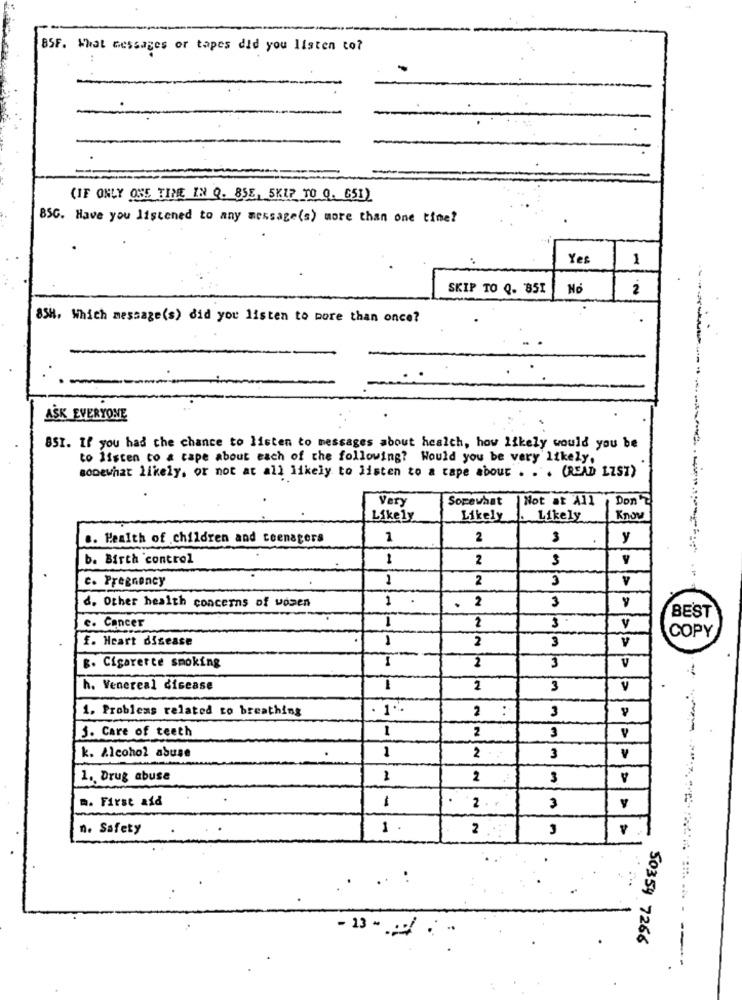
BSF. What messages or tapes did you listen to?
:
(IF ONLY ONE TIME IN Q. 85E, SKIP TO Q. C51)
BSG. Have you listened to any message(s) more than one time?
Yes
1
SKIP TO Q. 851
No
2
85H, Which message(s) did you listen to more than once?
ASK EVERYONE
851. If you had the chance to listen to messages about health, how likely would you be
to listen to a cape about each of the following? Would you be very likely,
somewhat likely, or not at all likely to listen to a cape about . . . (READ LIST)
Very
Somewhat
Not at All
Don't
Likely
Likely
Likely
Know
.. Health of children and teenagers
1
2
y
b. Birth control
1
2
y
4
c. Pregnancy
1
2
3
1
2
3
d. Other health concerns of women
BEST
1
2
3
V
e. Cancer
COPY
f. Heart disease
2
3
V
g. Cigarette smoking
1
2
3
V
h. Venereal disease
2
3
V
1. Problems related to breathing
2
3
5. Care of teeth
1
2
3
k. Alcohol abuse
1
2
3
V
A
1. Drug abuse
1
2
3
m. First aid
1
2.
3
n. Safety
1
2
.. :
- 13 - . . .
50354 7266